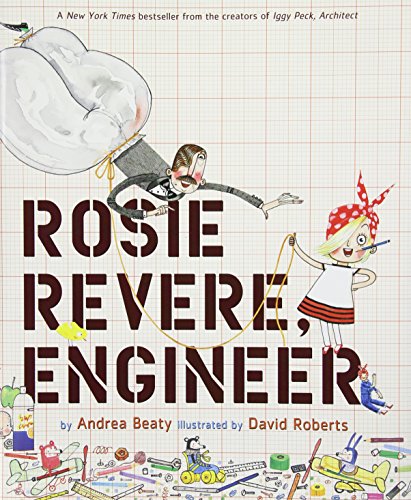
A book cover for Rosie Revere, Engineer; Andrea Beaty; Children's Books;